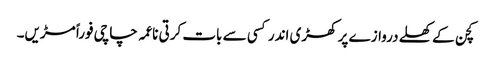
کچن کے کھلے دروازے پر کھڑی اندر کسی سے بات کرتی ناعمہ چاچی فوراً مڑیں۔